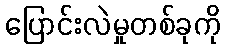
ပြောင်းလဲမှုတစ်ခုကို